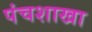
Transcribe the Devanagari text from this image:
पंचशाखा